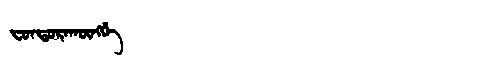
Manchu: ᠸᠣᠨᡨᠣᡵᠠᡴᡡᠩᡤᡝ
Romanization: FONTORAKŪNGGE